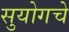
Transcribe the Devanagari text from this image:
सुयोगचे